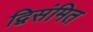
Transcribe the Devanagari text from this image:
द्विसंमित